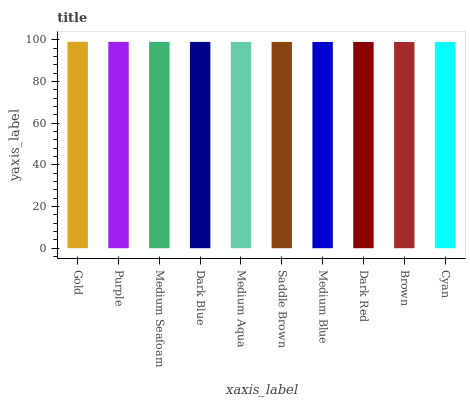
| xaxis_label | bars |
 | --- | --- |
 | Gold | 99 |
 | Purple | 99 |
 | Medium Seafoam | 99 |
 | Dark Blue | 99 |
 | Medium Aqua | 99 |
 | Saddle Brown | 98.9 |
 | Medium Blue | 98.9 |
 | Dark Red | 98.9 |
 | Brown | 98.9 |
 | Cyan | 98.9 |